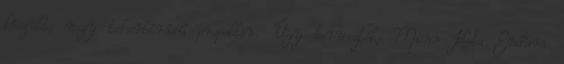
készült; nagy teherbírású propeller. Úgy tervezték; Minn Kota Endura